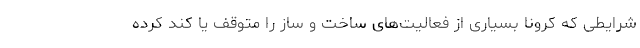
شرایطی که کرونا بسیاری از فعالیت‌های ساخت و ساز را متوقف یا کند کرده